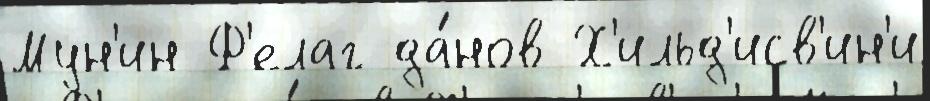
Мун'ин Ф'елаг да́нов Х'ильд'исв'ин'и